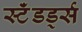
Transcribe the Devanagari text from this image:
स्टॅंडर्ड्स